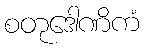
စတုဒေါဏိကံ